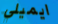
ايميلي